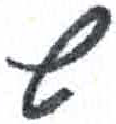
אות: ש